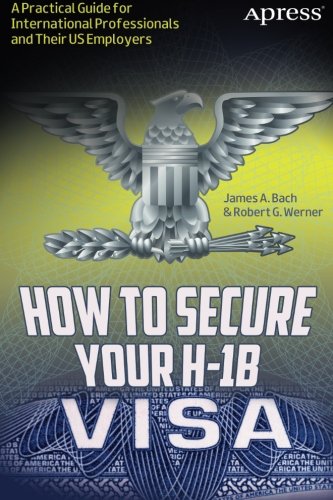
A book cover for How to Secure Your H-1B Visa: A Practical Guide for International Professionals and Their US Employers; James A. Bach; Law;